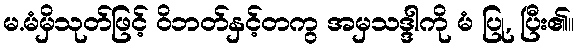
မ.မံမှိသုတ်ဖြင့် ဝိဘတ်နှင့်တကွ အမှသဒ္ဒါကို မံ ပြု, ပြီး၏။